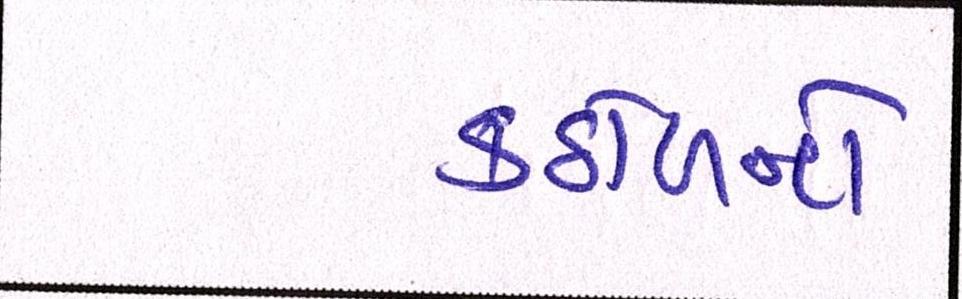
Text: કઠોળનો